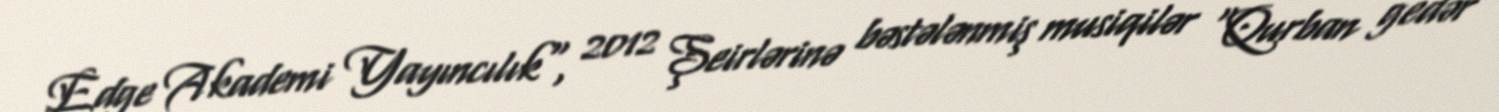
Edge Akademi Yayıncılık", 2012 Şeirlərinə bəstələnmiş musiqilər "Qurban gedər